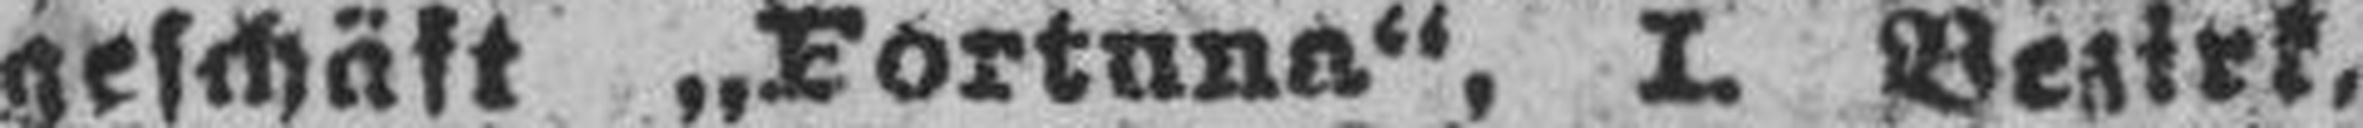
geschäft „Fortuna“, I. Bezirk,